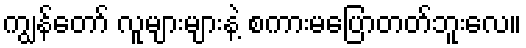
ကျွန်တော် လူများများနဲ့ စကားမပြောတတ်ဘူးလေ။